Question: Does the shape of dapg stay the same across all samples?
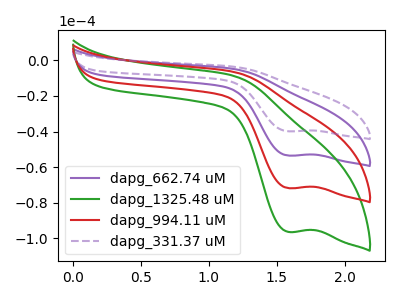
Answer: <think>The purple curve "dapg_662.74 uM" has a cathodic peak at: (1.60V, -53.50uA). The green curve "dapg_1325.48 uM" has a cathodic peak at: (1.60V, -160.55uA). The red curve "dapg_994.11 uM" has a cathodic peak at: (1.60V, -107.05uA). The purple dashed curve "dapg_331.37 uM" has a cathodic peak at: (1.60V, -39.90uA).
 All the peaks in "dapg_662.74 uM" have a peak in "dapg_1325.48 uM" at the same potential. Every peak in "dapg_662.74 uM" is lower than every peak in "dapg_1325.48 uM". All the peaks in "dapg_662.74 uM" have a peak in "dapg_994.11 uM" at the same potential. Every peak in "dapg_662.74 uM" is lower than every peak in "dapg_994.11 uM". All the peaks in "dapg_662.74 uM" have a peak in "dapg_331.37 uM" at the same potential. Every peak in "dapg_662.74 uM" is higher than every peak in "dapg_331.37 uM". All the peaks in "dapg_1325.48 uM" have a peak in "dapg_994.11 uM" at the same potential. Every peak in "dapg_1325.48 uM" is higher than every peak in "dapg_994.11 uM". All the peaks in "dapg_1325.48 uM" have a peak in "dapg_331.37 uM" at the same potential. Every peak in "dapg_1325.48 uM" is higher than every peak in "dapg_331.37 uM". All the peaks in "dapg_994.11 uM" have a peak in "dapg_331.37 uM" at the same potential. Every peak in "dapg_994.11 uM" is higher than every peak in "dapg_331.37 uM".</think>
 <answer>All the CV's of "dapg" have similar shape.</answer>
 <eval>follow_rule</eval>